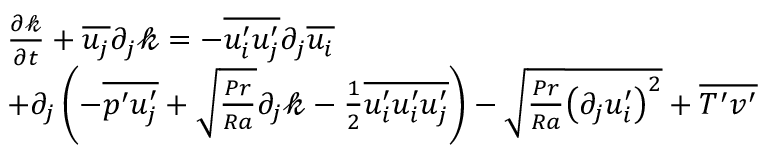
\begin{array} { r l } & { \frac { \partial \mathcal { k } } { \partial t } + \overline { { u _ { j } } } \partial _ { j } \mathcal { k } = - \overline { { u _ { i } ^ { \prime } u _ { j } ^ { \prime } } } \partial _ { j } \overline { { u _ { i } } } } \\ & { + \partial _ { j } \left( - \overline { { p ^ { \prime } u _ { j } ^ { \prime } } } + \sqrt { \frac { P r } { R a } } \partial _ { j } \mathcal { k } - \frac { 1 } { 2 } \overline { { u _ { i } ^ { \prime } u _ { i } ^ { \prime } u _ { j } ^ { \prime } } } \right) - \sqrt { \frac { P r } { R a } } \overline { { \left( \partial _ { j } u _ { i } ^ { \prime } \right) ^ { 2 } } } + \overline { { T ^ { \prime } v ^ { \prime } } } } \end{array}